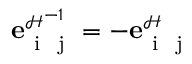
{ \mathbf e } _ { { \mathrm { ~ i ~ } } { \mathrm { ~ j ~ } } } ^ { \scriptscriptstyle \mathcal { H } ^ { - 1 } } = - { \mathbf e } _ { { \mathrm { ~ i ~ } } { \mathrm { ~ j ~ } } } ^ { \scriptscriptstyle \mathcal { H } }